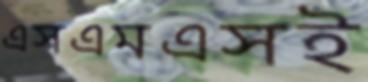
এসএমএসই